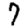
Digit: 7